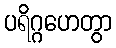
ပရိဂ္ဂဟေတွာ